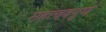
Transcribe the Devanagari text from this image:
महत्ववपूर्ण